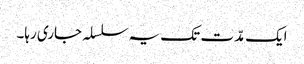
ایک مدّت تک یہ سلسلہ جاری رہا۔